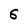
Character: S